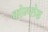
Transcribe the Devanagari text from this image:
कोम्प्लेक्ष